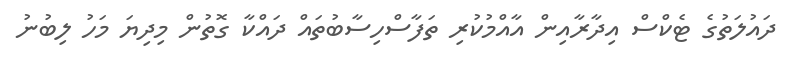
ދައުލަތުގެ ޓެކްސް އިދާރާއިން އާއްމުކުރި ތަފާސްހިސާބުތައް ދައްކާ ގޮތުން މިދިޔަ މަހު ލިބުނު